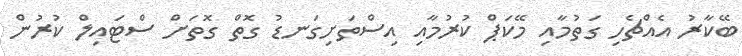
ބޭކާރު އެއްޗެހި ގަތުމާއި މޭކަޕް ކުރުމާއި އިސްތަށިގަނޑު ގޮތް ގޮތަށް ސްޓައިލް ކުރުން